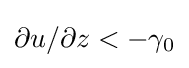
\partial u/\partial z<-\gamma _{0}